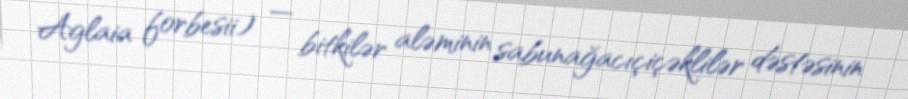
Aglaia forbesii) — bitkilər aləminin sabunağacıçiçəklilər dəstəsinin